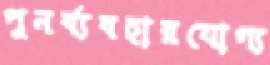
পুনর্ব্যবহারযোগ্য